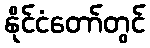
နိုင်ငံတော်တွင်